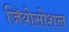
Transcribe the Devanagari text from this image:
जियोसोशल